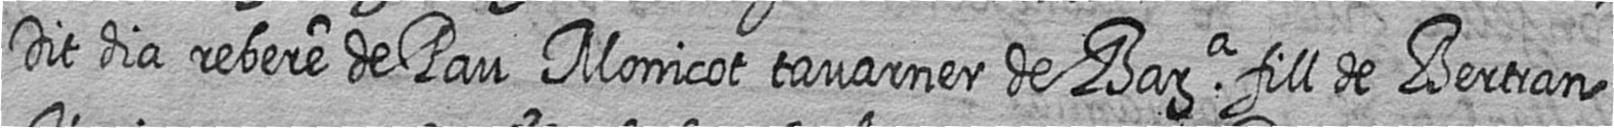
Dit dia rebere de Pau Monicot tavarner de Bara fill de Bertran